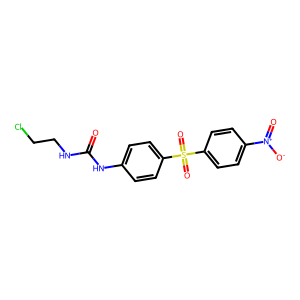
SMILES: O=C(NCCCl)Nc1ccc(S(=O)(=O)c2ccc([N+](=O)[O-])cc2)cc1
Inhibits HIV replication: No